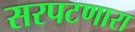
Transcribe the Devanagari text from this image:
सरपटणारा